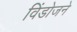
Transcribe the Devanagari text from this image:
विंडोजने